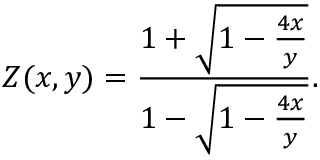
Z ( x , y ) = \frac { 1 + \sqrt { 1 - \frac { 4 x } { y } } } { 1 - \sqrt { 1 - \frac { 4 x } { y } } } .